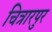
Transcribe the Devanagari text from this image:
चित्रारपुर